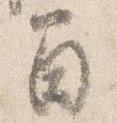
間